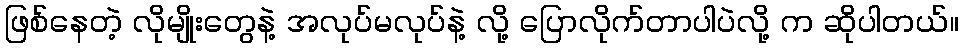
ဖြစ်နေတဲ့ လိုမျိုးတွေနဲ့ အလုပ်မလုပ်နဲ့ လို့ ပြောလိုက်တာပါပဲလို့ က ဆိုပါတယ်။